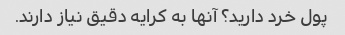
پول خرد دارید؟ آنها به کرایه دقیق نیاز دارند.